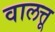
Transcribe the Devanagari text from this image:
वालत्तू